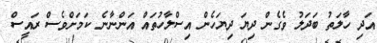
އަދި ހާލަތު ބަދަލު ވެގެން ދިޔަ ދިޔަހެން އިސްލާހުތައް އަންނާނެ ކަމަށްވެސް ރައީސް